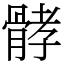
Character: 𩩉